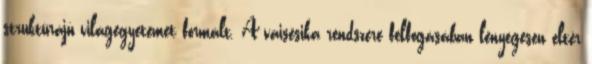
struktúrájú világegyetemet formált. A vaisésika rendszere felfogásában lényegesen eltér